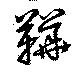
鞾